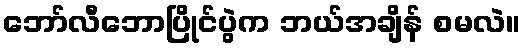
ဘော်လီဘောပြိုင်ပွဲက ဘယ်အချိန် စမလဲ။